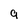
Character: 9